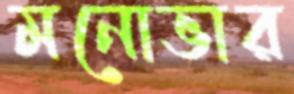
মনোভার